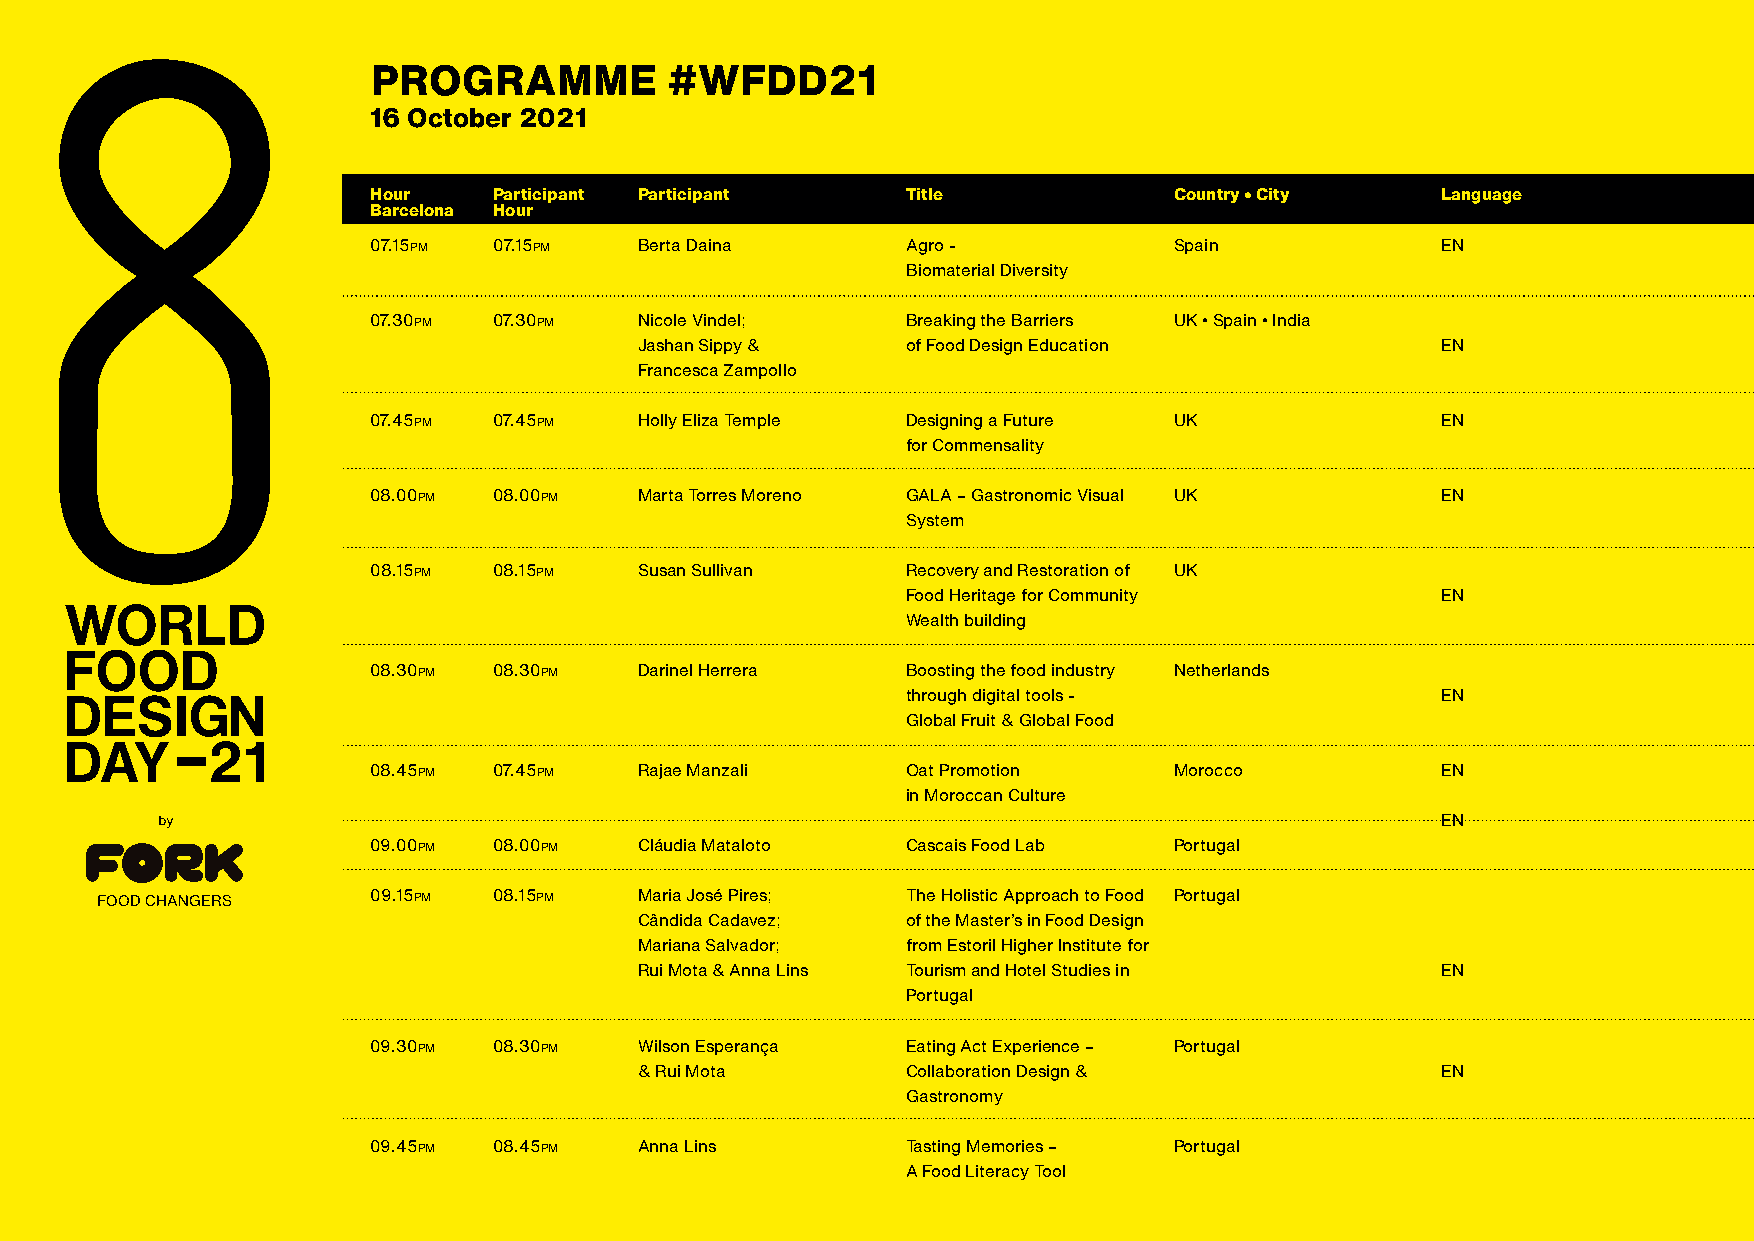
PROGRAMME          #WFDD21
 16 October 2021
 Hour    Participant Participant    Title             Country • City   Language
 Barcelona Hour
 07.15pm 07.15pm  Berta Daina       Agro -            Spain            EN
 Biomaterial Diversity
 07.30pm 07.30pm  Nicole Vindel;    Breaking the Barriers UK • Spain • India
 Jashan Sippy &    of Food Design Education           EN
 Francesca Zampollo
 07.45pm 07.45pm  Holly Eliza Temple Designing a Future UK             EN
 for Commensality
 08.00pm 08.00pm  Marta Torres Moreno GALA – Gastronomic Visual UK     EN
 System
 08.15pm 08.15pm  Susan Sullivan    Recovery and Restoration of UK
 Food Heritage for Community        EN
 Wealth building
 08.30pm 08.30pm  Darinel Herrera   Boosting the food industry Netherlands
 through digital tools -            EN
 Global Fruit & Global Food
 08.45pm 07.45pm  Rajae Manzali     Oat Promotion     Morocco          EN
 in Moroccan Culture
 EN
 09.00pm 08.00pm  Cláudia Mataloto  Cascais Food Lab  Portugal
 09.15pm 08.15pm  Maria José Pires; The Holistic Approach to Food Portugal
 Cândida Cadavez;  of the Master’s in Food Design
 Mariana Salvador; from Estoril Higher Institute for
 Rui Mota & Anna Lins Tourism and Hotel Studies in    EN
 Portugal
 09.30pm 08.30pm  Wilson Esperança  Eating Act Experience – Portugal
 & Rui Mota        Collaboration Design &             EN
 Gastronomy
 09.45pm 08.45pm  Anna Lins         Tasting Memories – Portugal
 A Food Literacy Tool